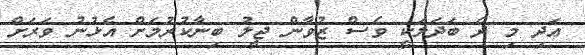
އަދި މި ދެ ބަދަލަކީ ވެސް ޒުވާން ޖީލު ބިނާކުރުމަށް އެޅުނު ވަރަށް